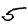
Digit: 5